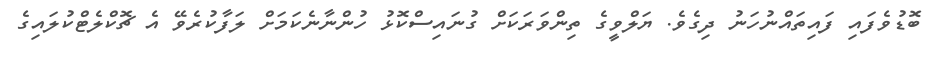
ބޮޑުވެފައި ފައިތައްނުހަނު ދިގެވެ. ޔަލްވީގެ ތިންވަރަކަށް ގުނައިސްކޮޅު ހުންނާނެކަމަށް ލަފާކުރެވޭ އެ ޗޮކްލެޓްކުލައިގެ